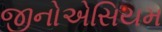
જીનોએસિયમ